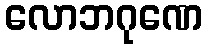
လောဘဂုဏေ